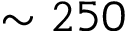
\sim 2 5 0